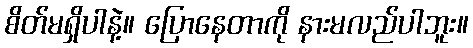
စိတ်မရှိပါနဲ့။ ပြောနေတာကို နားမလည်ပါဘူး။